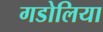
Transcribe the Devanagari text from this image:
गडोलिया